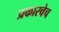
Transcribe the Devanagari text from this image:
प्रकारचेच